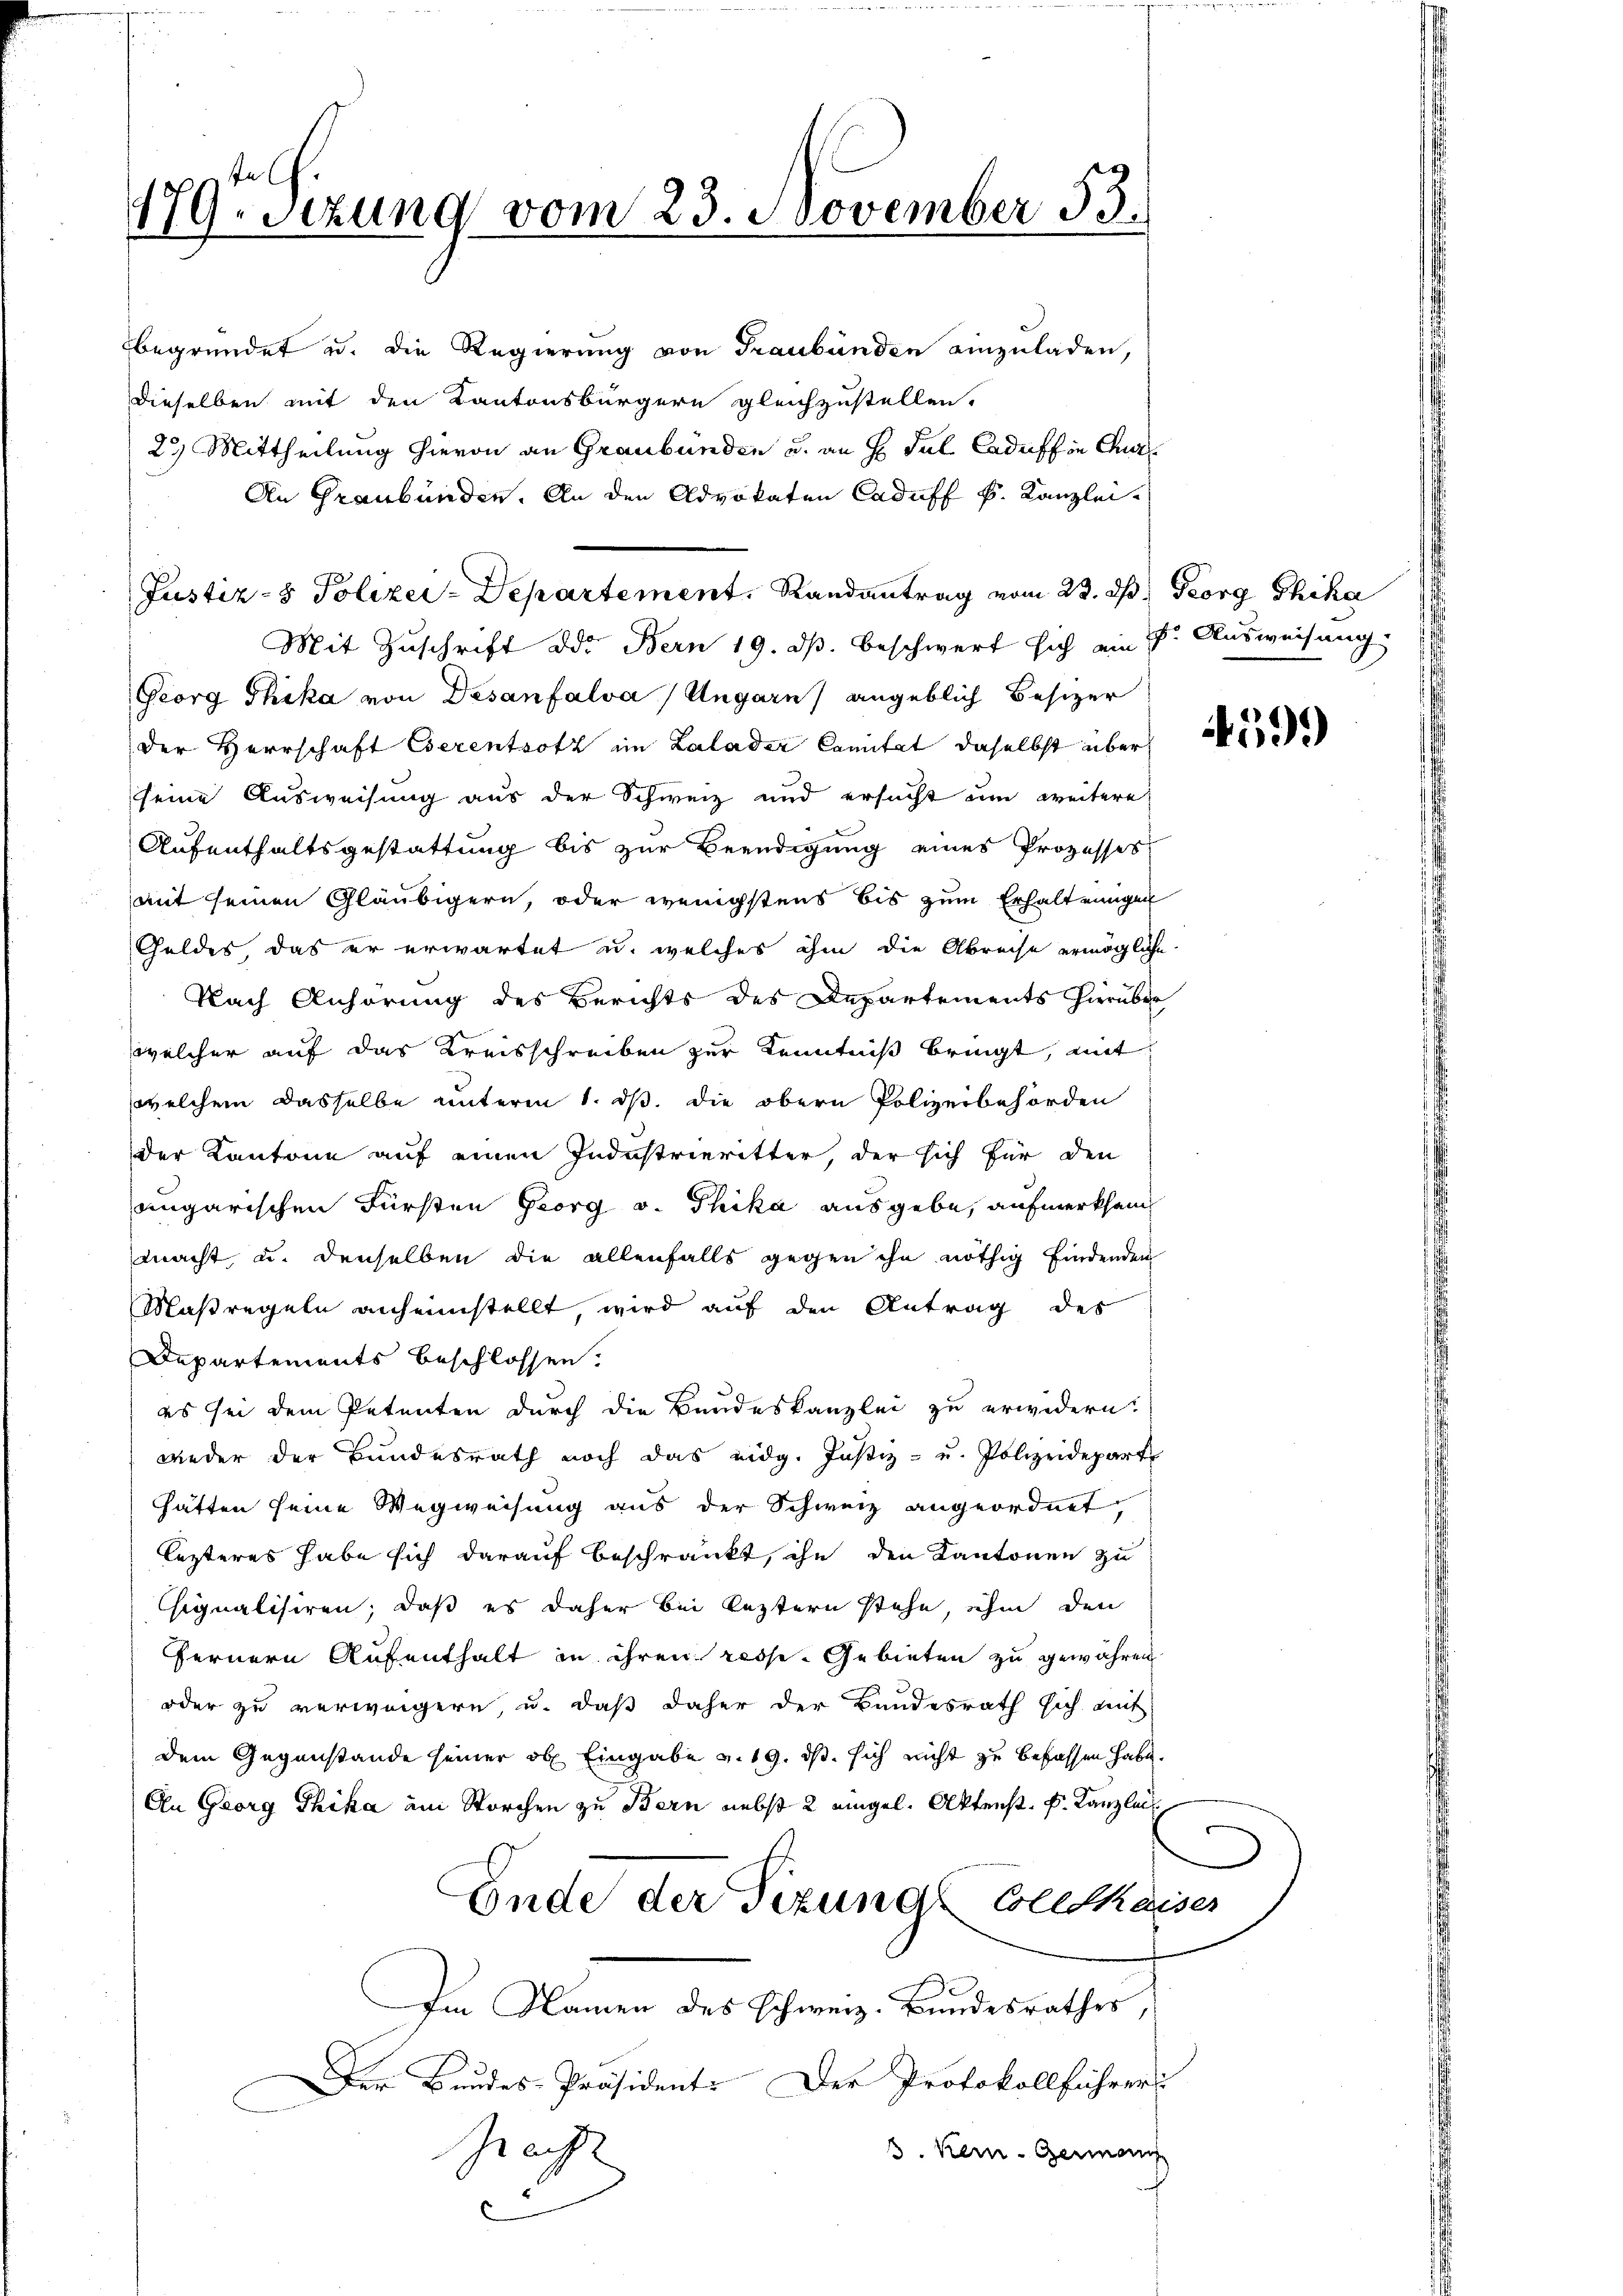
179. sezung vom 23. November 53.

begründet u. die Regierung von Graubünden einzuladen,
dieselben mit den Kantonsbürgern gleichzustellen.
23) Mittheilung hievon an Graubünden u. an H. Ful Caduffin Qua
An Graubünden. An den Advokaten Caduff k. Kanzlei-
Justiz- & Polizei-Departement, Randantrag vom 23. d. Georg Chika
Mit Zuschrift die Bern 19. ds. beschwert sich ein Dr. Ausweisung
Georg Thika von Desanfalva / Ungarn) angeblich Besizer
der Herrschaft Eserentrotz im Lalader Comitat daselbst über
seine Ausweisung aus der Schweiz und ersucht um weitere
Aufenthaltsgestattung bis zur Beendigung eines Prozesses
mit seinen Gläubigern, oder wenigstens bis zum Erhaltungen
Geldes das er erwartet u. welches ihm die Abreise ermögliche
Nach Anhörung des Berichts des Departements hierüber
welcher auf das Kreisschreiben zur Kenntniß bringt, mit
welchem dasselbe unterm 1. ds. die obern Polizeibehörden
der Kantone auf einen Industrieritter, der sich für den
angarischen Fürsten Georg v. Phika ausgebe, aufmerksam
macht, u. denselben die allenfalls gegen ihn nöthig findenden
Maßregeln anheimstellt, wird auf den Antrag des
Departements beschlossen.
es sei dem Petenten durch die Bundeskanzlei zu erwidern.
wieder der Bundesrath noch das eidg. Justiz- u. Polizeidepart
hätten seine Wegweisung aus der Schweiz angeordnet,
lezteres habe sich darauf beschränkt, ihn den Kantonen zu
Chignalisiren, daß es daher bei leztern stehe, ihm den
fernern Aufenthalt in ihren resse-Gebieten zu gewähren
oder zu verweigern, u. daß daher der Bundesrath sich auf
dem Gegenstände seiner ob Eingabe v. 19. ds. sich nicht zu befassen habe.
An Georg Thika am Storchen zu Bern nebst 2 eingel. Aktenst k. Kanzlei
Ende der Tizungs Collekaiser
Im Namen des Schweiz. Bundesrathes,
Der Bundes-Präsident. Der Protokollführers
Geacht
3. Kein Gemein
c

4599